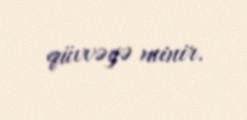
qüvvəyə minir.